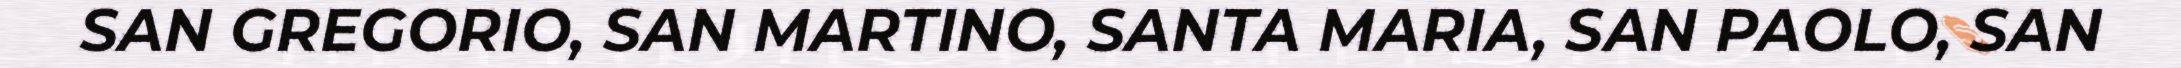
SAN GREGORIO, SAN MARTINO, SANTA MARIA, SAN PAOLO, SAN